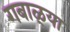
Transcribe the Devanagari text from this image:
गबाळ्या